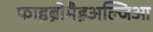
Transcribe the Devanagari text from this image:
फाइब्रोमैइअल्जिआ